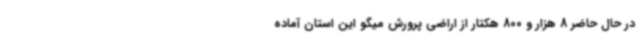
در حال حاضر 8 هزار و 800 هکتار از اراضی پرورش میگو این استان آماده